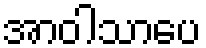
အာဝါသာပေ